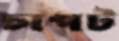
চাপট